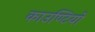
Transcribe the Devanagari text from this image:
काउण्टियों